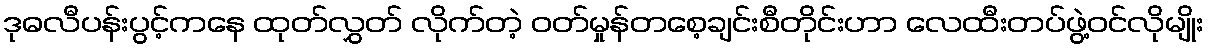
ဒုဓလီပန်းပွင့်ကနေ ထုတ်လွှတ် လိုက်တဲ့ ဝတ်မှုန်တစေ့ချင်းစီတိုင်းဟာ လေထီးတပ်ဖွဲ့ဝင်လိုမျိုး